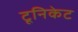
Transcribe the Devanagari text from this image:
टूनिकेट